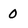
Character: 0